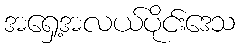
အရှေ့အလယ်ပိုင်းဒေသ